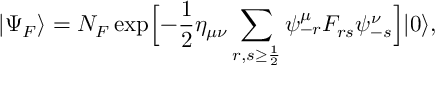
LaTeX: | \Psi _ { F } \rangle = { \cal N } _ { F } \exp \Bigl [ - { \frac { 1 } { 2 } } \eta _ { \mu \nu } \sum _ { r , s \ge { \frac { 1 } { 2 } } } \psi _ { - r } ^ { \mu } F _ { r s } \psi _ { - s } ^ { \nu } \Bigr ] | 0 \rangle ,